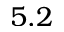
5 . 2